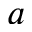
a